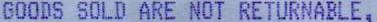
GOODS SOLD ARE NOT RETURNABLE,